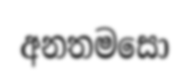
අනතමසො